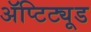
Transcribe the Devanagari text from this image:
ॲप्टिट्यूड